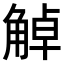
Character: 𧣺